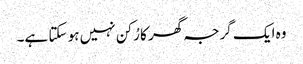
وہ ایک گرجہ گھر کا رُکن نہیں ہو سکتا ہے۔